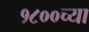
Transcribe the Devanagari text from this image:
१८००च्या